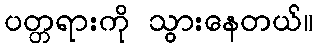
ပတ္တရားကို သွားနေတယ်။